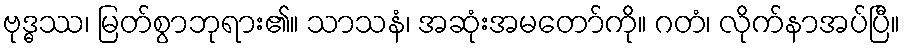
ဗုဒ္ဓဿ၊ မြတ်စွာဘုရား၏။ သာသနံ၊ အဆုံးအမတော်ကို။ ဂတံ၊ လိုက်နာအပ်ပြီ။